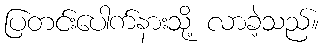
ပြတင်းပေါက်နားသို့ လာခဲ့သည်။